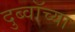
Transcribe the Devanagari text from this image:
दुब्वॉच्या